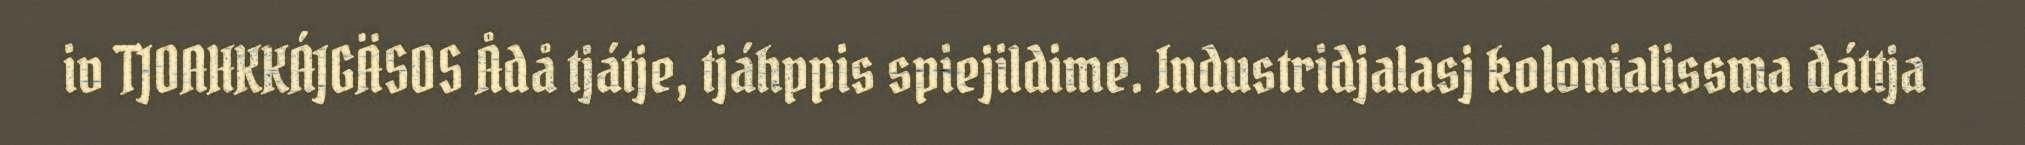
iv TJOAHKKÁJGÄSOS Ådå tjátje, tjáhppis spiejildime. Industridjalasj kolonialissma dáttja